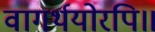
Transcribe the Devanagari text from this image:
वागर्थयोरपि॥